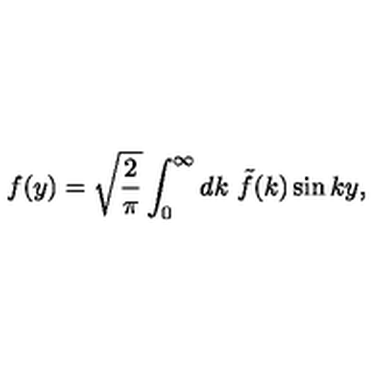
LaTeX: f ( y ) = \sqrt { \frac { 2 } { \pi } } \int _ { 0 } ^ { \infty } d k \ \tilde { f } ( k ) \sin k y ,